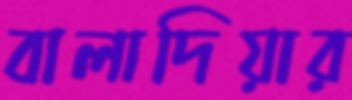
বালাদিয়ার